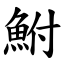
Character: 鮒